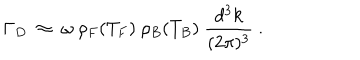
\Gamma _ { D } ~ \approx ~ \omega ~ \rho _ { F } ( T _ { F } ) ~ \rho _ { B } ( T _ { B } ) ~ \frac { d ^ { 3 } k } { ( 2 \pi ) ^ { 3 } } ~ .